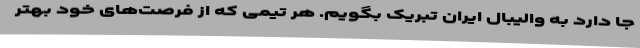
جا دارد به والیبال ایران تبریک بگویم. هر تیمی که از فرصت‌های خود بهتر